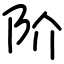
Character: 阶